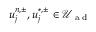
u _ { j } ^ { n , \pm } , u _ { j } ^ { \ast , \pm } \in \mathcal { U } _ { \textrm { a d } }